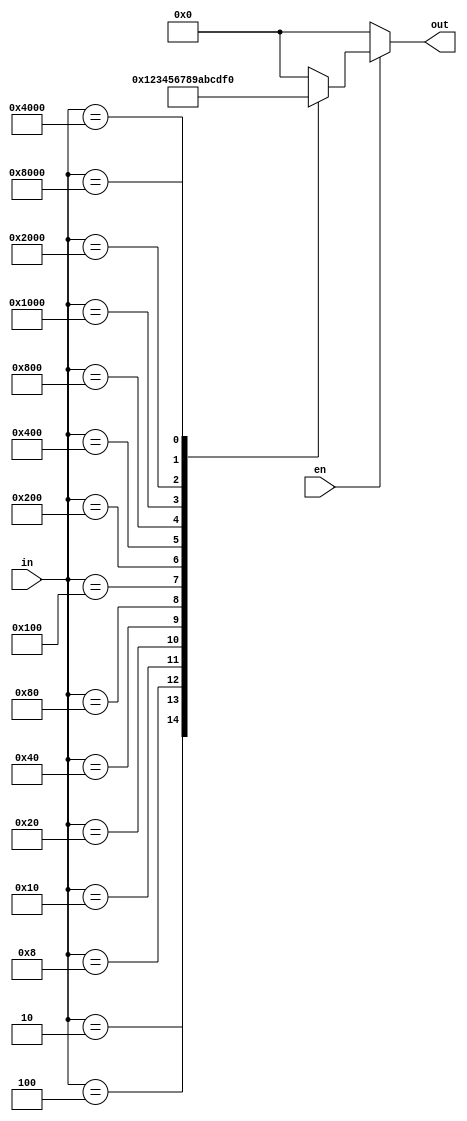
//////////////////////////////////////////////////////////////
// 	Design of a 16-bit Encoder			/////
//	The encoder has 16-bit input 			/////
//	and 4-bit output.				/////
////////////////////////////////////////////////////////////

module encode164( out, in, en);
output [3:0] out;
input [15:0] in;
input en;

reg [3:0] out;

always@(en or in)
begin
	out = 0;
	if (en == 1)
	begin
		case(in)
		16'b0000000000000010: out = 4'b0001;
		16'b0000000000000100: out = 4'b0010;
		16'b0000000000001000: out = 4'b0011;
		16'b0000000000010000: out = 4'b0100;
		16'b0000000000100000: out = 4'b0101;
		16'b0000000001000000: out = 4'b0110;
		16'b0000000010000000: out = 4'b0111;
		16'b0000000100000000: out = 4'b1000;
		16'b0000001000000000: out = 4'b1001;
		16'b0000010000000000: out = 4'b1010;
		16'b0000100000000000: out = 4'b1011;
		16'b0001000000000000: out = 4'b1100;
		16'b0010000000000000: out = 4'b1101;
		16'b0100000000000000: out = 4'b1110;
		16'b1000000000000000: out = 4'b1111;
		default out = 4'b0000;
		endcase
	end
end
endmodule

//////////////////////////////////////////////////////////////////////
//	Testbench to test the design for working		/////
/////////////////////////////////////////////////////////////////////

module tb_encode();
wire [3:0] out;
reg [15:0] in;
reg en;

// Instantiation of the design

encode164 e1(.out(out),.in(in),.en(en));

// Initialise the signals
initial
begin
	in = 16'b0000000000000000;
	en = 0;
end

initial
begin
	#10 en = 1;
	#10 in = 16'b0000000000000010;
	repeat (14)
	begin
		#10 in = in << 1;
	end
end
endmodule